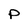
Character: p